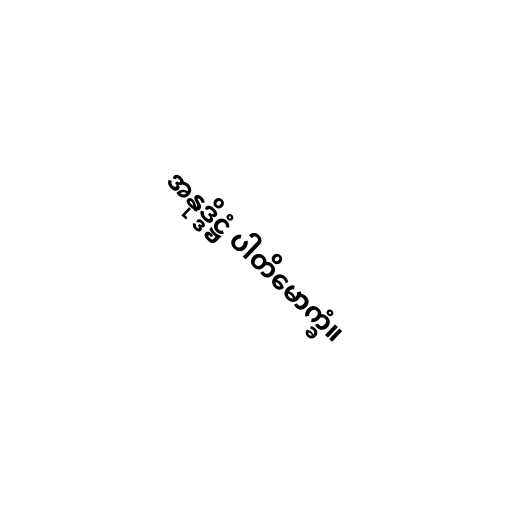
အနုဒ္ဒိဋ္ဌံ ပါတိမောက္ခံ။